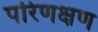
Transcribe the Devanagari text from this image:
परिणक्षण